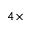
4 \times